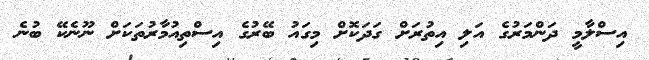
އިސްލާމީ ދަންމަރުގެ އަލި އިތުރަށް ގަދަކޮށް މިގައު ބޭރުގެ އިސްތިއުމާރުތަކަށް ނޫނެކޭ ބުނެ